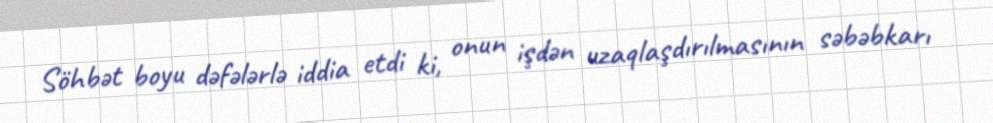
Söhbət boyu dəfələrlə iddia etdi ki, onun işdən uzaqlaşdırılmasının səbəbkarı